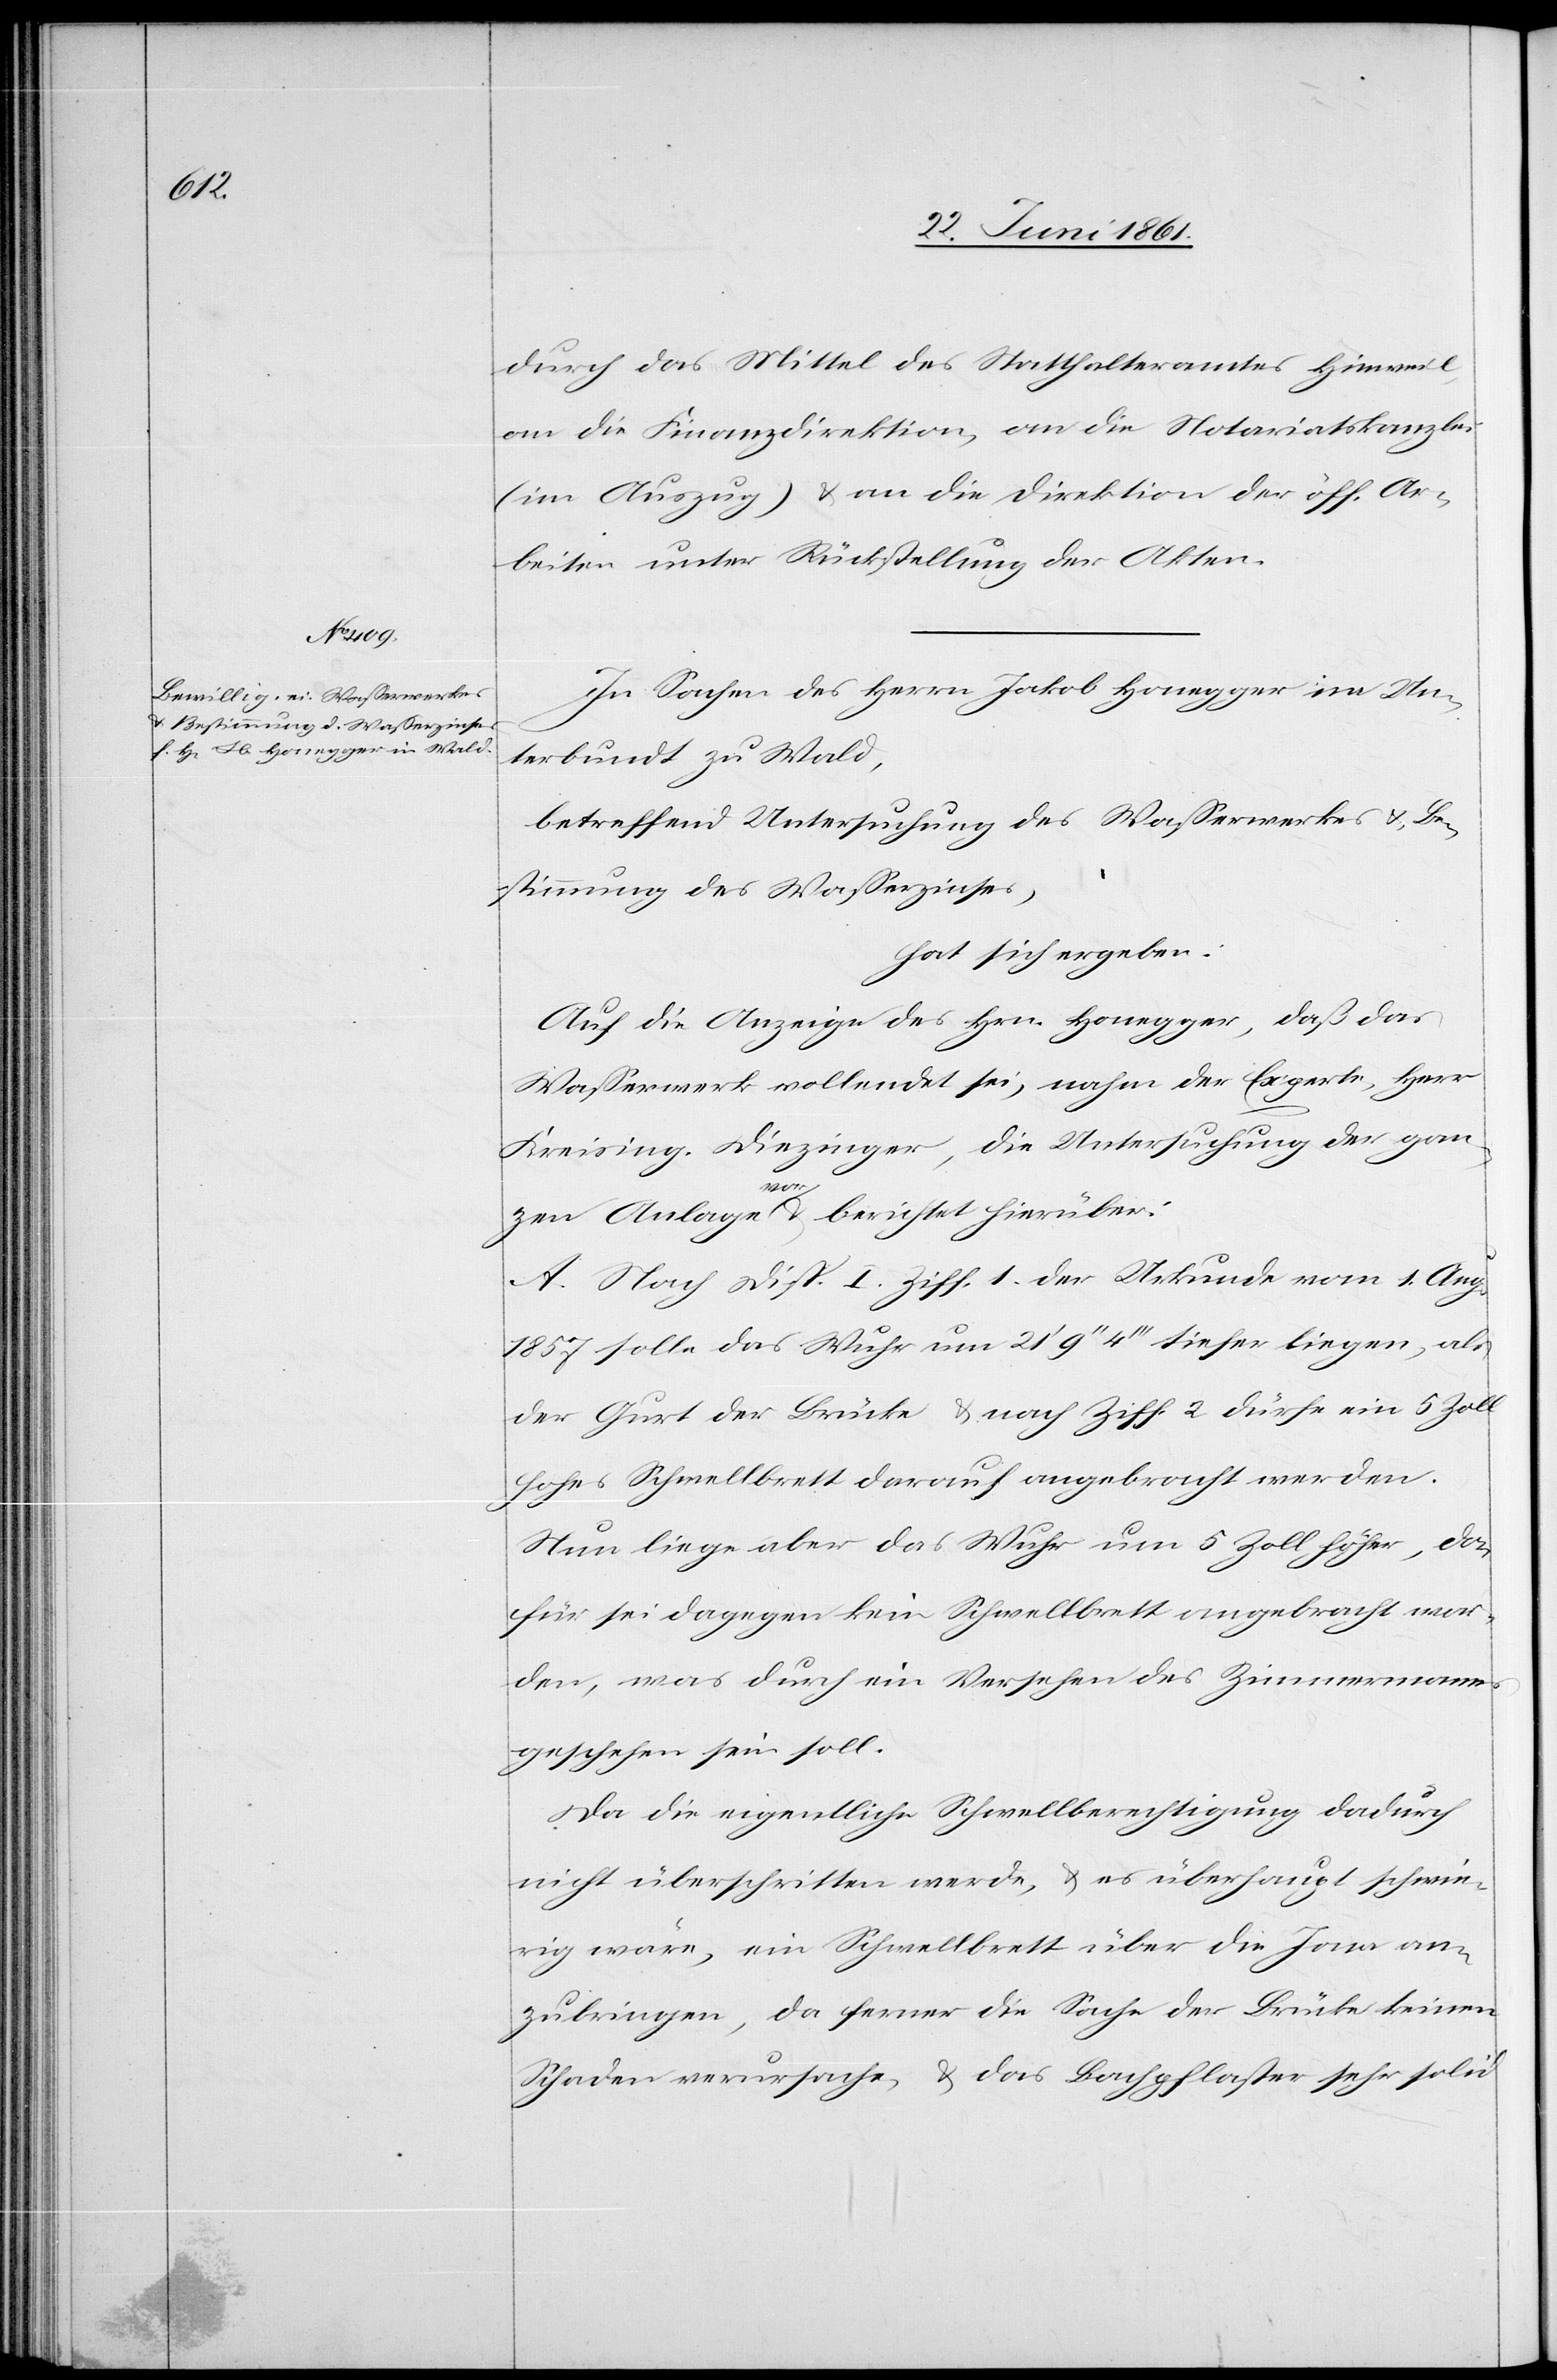
durch das Mittel des Statthalteramtes Hinweil,
an die Finanzdirektion, an die Notariatskanzlei
(im Auszug) u. an die Direktion der öff. Ar¬
beiten unter Rückstellung der Akten.
In Sachen des Herrn Jakob Honegger im Un¬
terbundt zu Wald,
betreffend Untersuchung des Wasserwerkes u. Be¬
stimmung des Wasserzinses,
hat sich ergeben:
Auf die Anzeige des Hrn. Honegger, daß das
Wasserwerk vollendet sei, nahm der Experte, Herr
Kreising. Diezinger, die Untersuchung der gan¬
vor
u. berichtet hierüber:
zen Anlage
A. Nach Disp. I Ziff. 1 der Urkunde vom 1. Aug.
1857 solle das Wuhr um 21’ 9’’ 4’’’ tiefer liegen, als
der Gurt der Brücke u. nach Ziff. 2 dürfe ein 5 Zoll
hohes Schwellbrett darauf angebracht werden.
Nun liege aber das Wuhr um 5 Zoll höher, da¬
für sei dagegen kein Schwellbrett angebracht wor¬
den, was durch ein Versehen des Zimmermanns
geschehen sein soll.
Da die eigentliche Schwellberechtigung dadurch
nicht überschritten werde, u. es überhaupt schwie¬
rig wäre, ein Schwellbrett über die Jona an¬
zubringen, da ferner die Sache der Brücke keinen
Schaden verursache, u. das Bachpflaster sehr solid